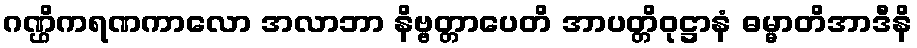
ဂဏ္ဌိကရဏကာလော အလာဘာ နိဗ္ဗတ္တာပေတိ အာပတ္တိဝုဋ္ဌာနံ ဓမ္မာတိအာဒီနိ